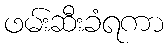
ဖမ်းဆီးခံရကာ